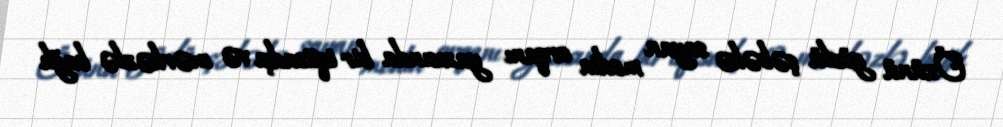
Özünü güclü şəbəkə sayan media orqanı yazısında bir iqtisadçı və mərkəzlə bağlı